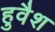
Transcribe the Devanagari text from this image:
हुवैश